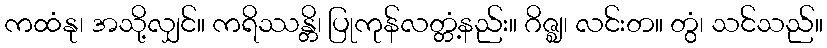
ကထံနု၊ အသို့လျှင်။ ကရိဿန္တိ၊ ပြုကုန်လတ္တံ့နည်း။ ဂိဇ္ဈ၊ လင်းတ။ တွံ၊ သင်သည်။